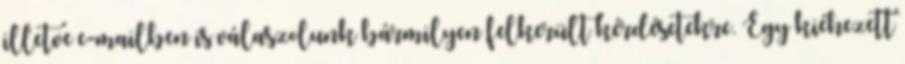
illetve e-mailben is válaszolunk bármilyen felkerült kérdésetekre. Egy kiéhezett